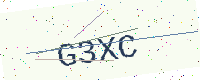
Text: G3XC